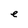
Character: e